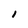
Character: l